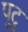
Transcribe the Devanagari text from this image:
पुटु